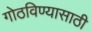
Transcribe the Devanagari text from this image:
गोठविण्यासाठी